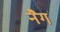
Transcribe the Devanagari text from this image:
नैग